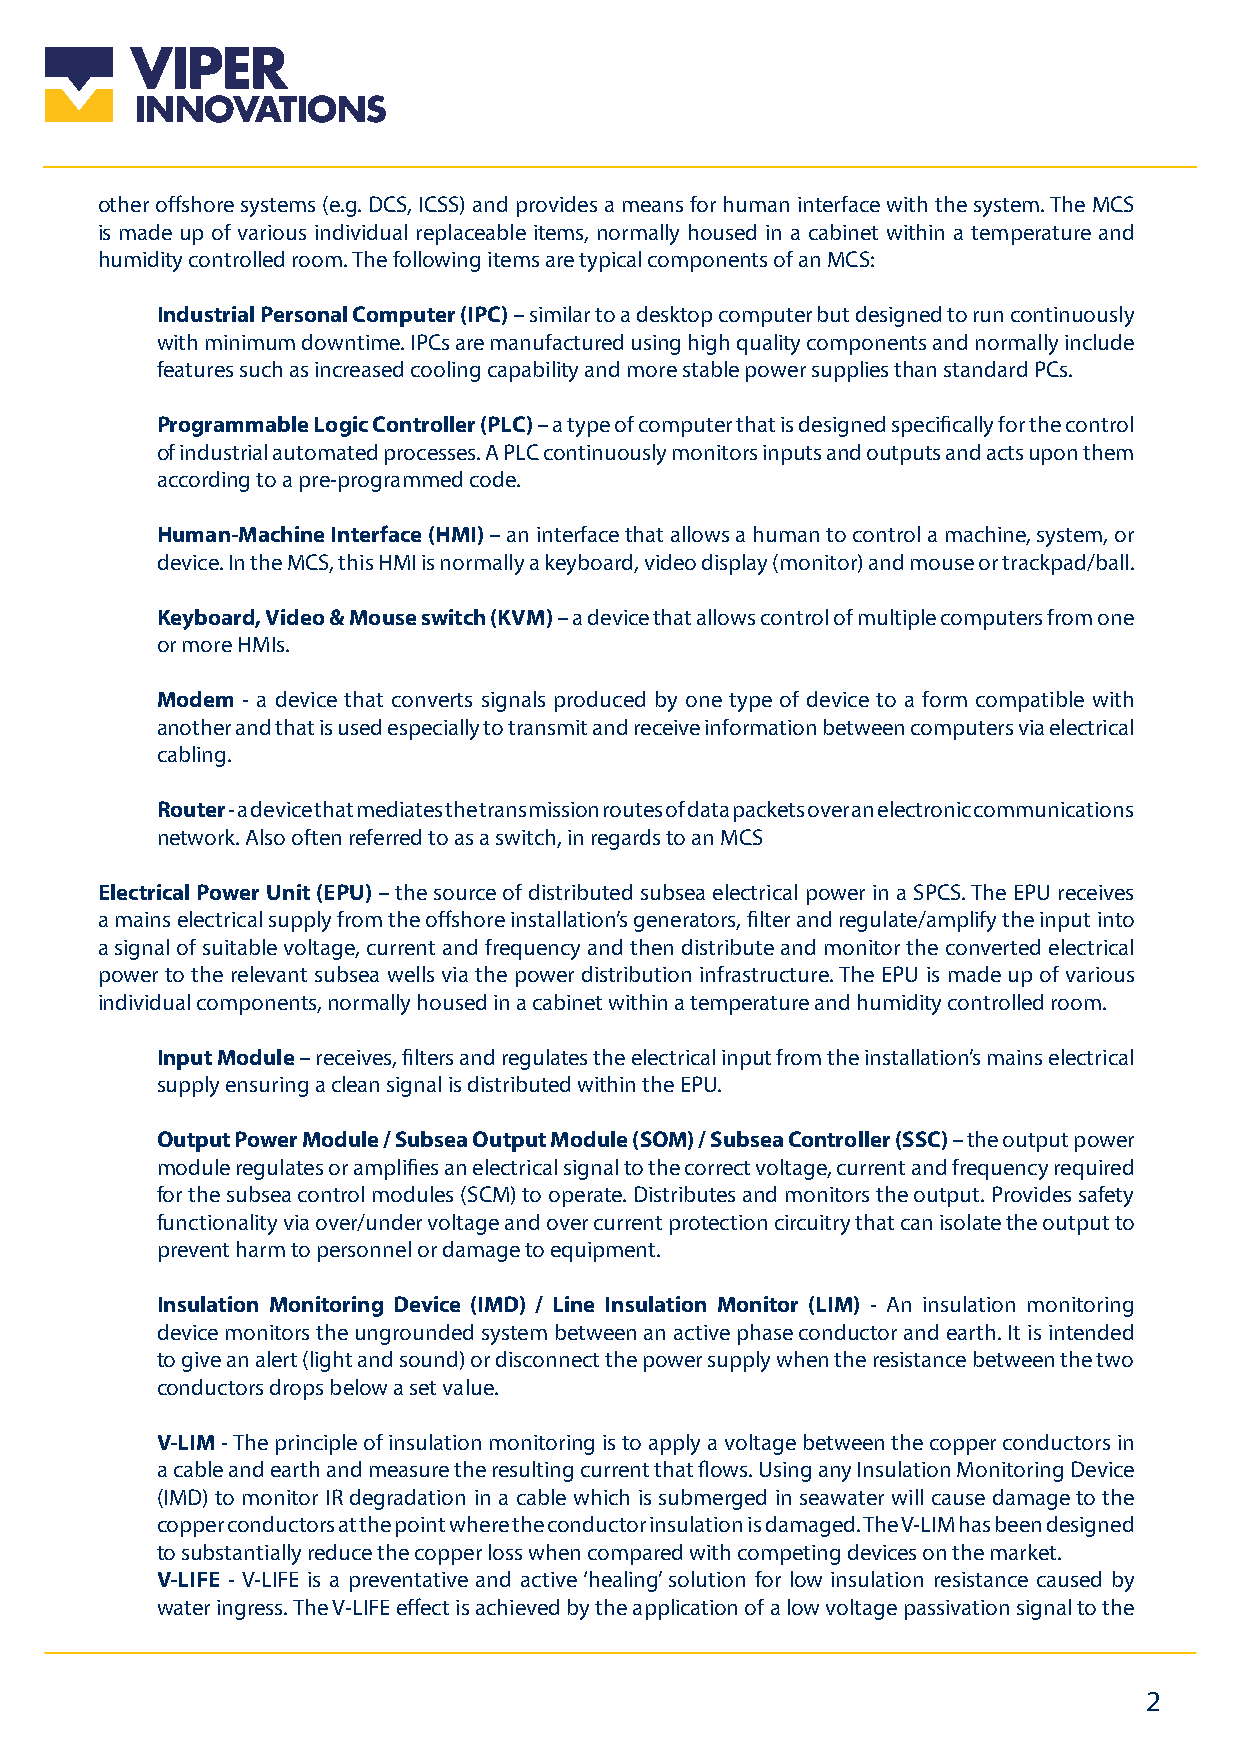
other offshore systems (e.g. DCS, ICSS) and provides a means for human interface with the system. The MCS
 is made up of various individual replaceable items, normally housed in a cabinet within a temperature and
 humidity controlled room. The following items are typical components of an MCS:
 Industrial Personal Computer (IPC) – similar to a desktop computer but designed to run continuously
 with minimum downtime. IPCs are manufactured using high quality components and normally include
 features such as increased cooling capability and more stable power supplies than standard PCs.
 Programmable Logic Controller (PLC) – a type of computer that is designed specifically for the control
 of industrial automated processes. A PLC continuously monitors inputs and outputs and acts upon them
 according to a pre-programmed code.
 Human-Machine Interface (HMI) – an interface that allows a human to control a machine, system, or
 device. In the MCS, this HMI is normally a keyboard, video display (monitor) and mouse or trackpad/ball.
 Keyboard, Video & Mouse switch (KVM) – a device that allows control of multiple computers from one
 or more HMIs.
 Modem - a device that converts signals produced by one type of device to a form compatible with
 another and that is used especially to transmit and receive information between computers via electrical
 cabling.
 Router - a device that mediates the transmission routes of data packets over an electronic communications
 network. Also often referred to as a switch, in regards to an MCS
 Electrical Power Unit (EPU) – the source of distributed subsea electrical power in a SPCS. The EPU receives
 a mains electrical supply from the offshore installation’s generators, filter and regulate/amplify the input into
 a signal of suitable voltage, current and frequency and then distribute and monitor the converted electrical
 power to the relevant subsea wells via the power distribution infrastructure. The EPU is made up of various
 individual components, normally housed in a cabinet within a temperature and humidity controlled room.
 Input Module – receives, filters and regulates the electrical input from the installation’s mains electrical
 supply ensuring a clean signal is distributed within the EPU.
 Output Power Module / Subsea Output Module (SOM) / Subsea Controller (SSC) – the output power
 module regulates or amplifies an electrical signal to the correct voltage, current and frequency required
 for the subsea control modules (SCM) to operate. Distributes and monitors the output. Provides safety
 functionality via over/under voltage and over current protection circuitry that can isolate the output to
 prevent harm to personnel or damage to equipment.
 Insulation Monitoring Device (IMD) / Line Insulation Monitor (LIM) - An insulation monitoring
 device monitors the ungrounded system between an active phase conductor and earth. It is intended
 to give an alert (light and sound) or disconnect the power supply when the resistance between the two
 conductors drops below a set value.
 V-LIM - The principle of insulation monitoring is to apply a voltage between the copper conductors in
 a cable and earth and measure the resulting current that flows. Using any Insulation Monitoring Device
 (IMD) to monitor IR degradation in a cable which is submerged in seawater will cause damage to the
 copper conductors at the point where the conductor insulation is damaged. The V-LIM has been designed
 to substantially reduce the copper loss when compared with competing devices on the market.
 V-LIFE - V-LIFE is a preventative and active ‘healing’ solution for low insulation resistance caused by
 water ingress. The V-LIFE effect is achieved by the application of a low voltage passivation signal to the
 2